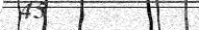
٢٨